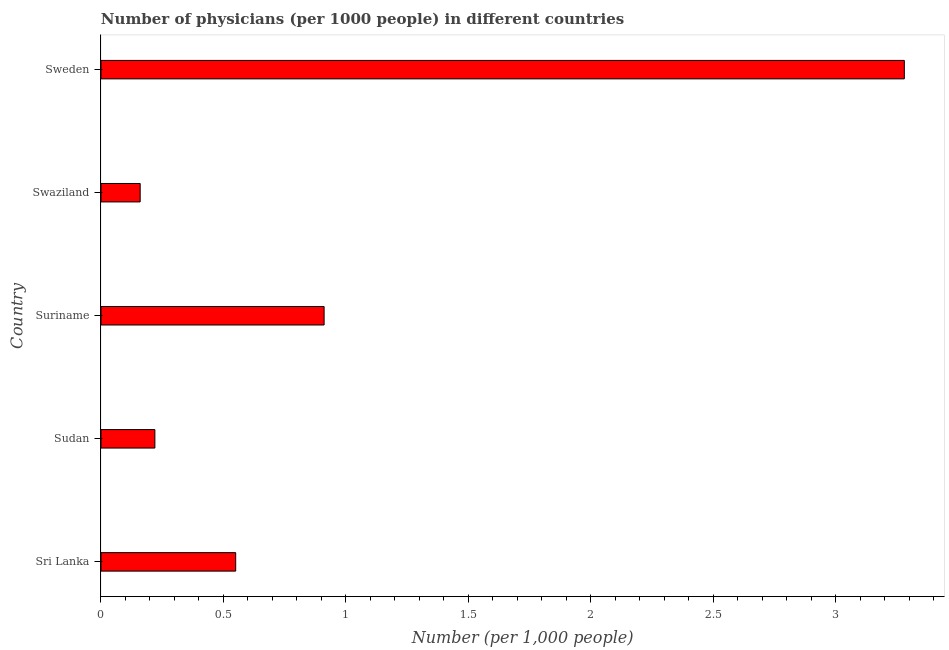
| Country | Physicians |
 | --- | --- |
 | Sri Lanka | 0.55 |
 | Sudan | 0.22 |
 | Suriname | 0.911 |
 | Swaziland | 0.16 |
 | Sweden | 3.28 |